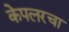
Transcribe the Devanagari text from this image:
केपलरचा